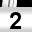
Digit: 2